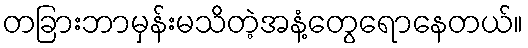
တခြားဘာမှန်းမသိတဲ့အနံ့တွေရောနေတယ်။